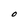
Character: O